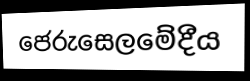
ජෙරුසෙලමේදීය